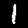
Label: 1